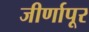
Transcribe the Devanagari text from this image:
जीर्णापूर